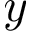
y